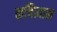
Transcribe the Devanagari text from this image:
कवित्वास